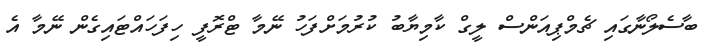
ބާސެލޯނާގައި ޗެމްޕިއަންސް ލީގް ކާމިޔާބު ކުރުމަށްފަހު ނޭމާ ޓްރޮފީ ހިފަހައްޓައިގެން ނޭމާ އެ